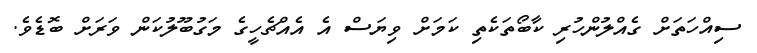
ސިއްހަތަށް ގެއްލުންހުރި ކާބޯތަކެތި ކަމަށް ވިޔަސް އެ އެއްޗެހީގެ މަގުބޫލުކަން ވަރަށް ބޮޑެވެ.